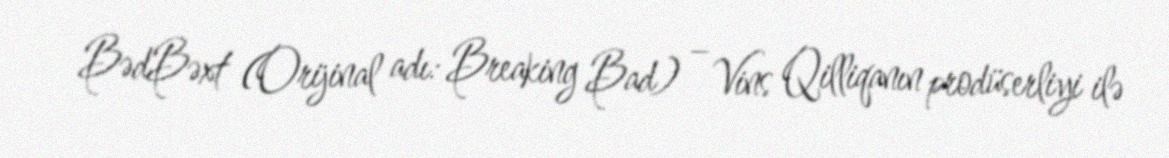
BədBəxt (Orijinal adı: Breaking Bad) – Vins Qilliqanın prodüserliyi ilə